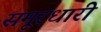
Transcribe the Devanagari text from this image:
समूरधारी